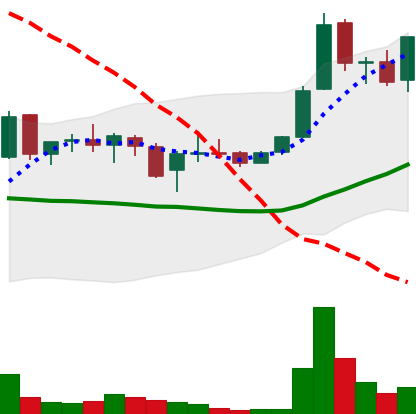
Ticker: LINK-USD
Chart end date: 2019-01-08
Forward return: 4.73%
Label: up_3_5